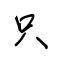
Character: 只